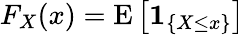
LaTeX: F_{X}(x)=\operatorname{E}\left[\mathbf{1}_{\{ X\leq x\} }\right]